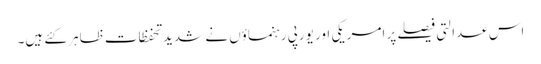
اس عدالتی فیصلے پر امریکی اور یورپی رہنماؤں نے شدید تحفظات ظاہر کئے ہیں۔